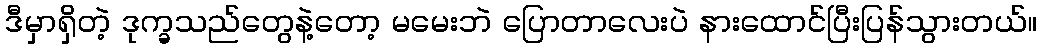
ဒီမှာရှိတဲ့ ဒုက္ခသည်တွေနဲ့တော့ မမေးဘဲ ပြောတာလေးပဲ နားထောင်ပြီးပြန်သွားတယ်။